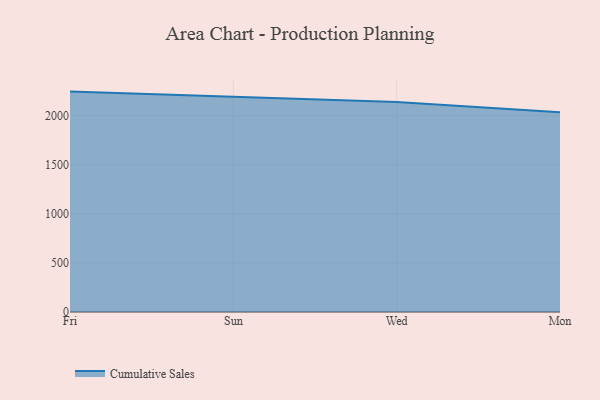
{"axis": {"x": "Day", "y": "Temperature (°C)"}, "legend": ["Cumulative Sales"], "data": [{"x": "Fri", "y": 2244.0, "type": "Cumulative Sales"}, {"x": "Sun", "y": 2187.8, "type": "Cumulative Sales"}, {"x": "Wed", "y": 2137.0, "type": "Cumulative Sales"}, {"x": "Mon", "y": 2034.2, "type": "Cumulative Sales"}]}